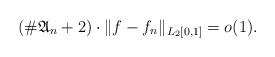
LaTeX: \begin{align*}(\#\mathfrak A_n+2)\cdot\|f-f_n\|_{L_2[0,1]}=o(1).\end{align*}